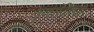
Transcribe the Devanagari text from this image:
गुणांविरुद्ध